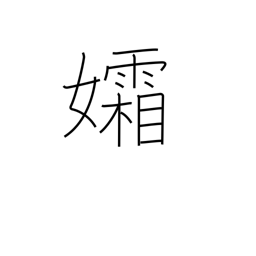
Meaning: widow